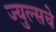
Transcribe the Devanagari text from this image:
ज्युल्सचे